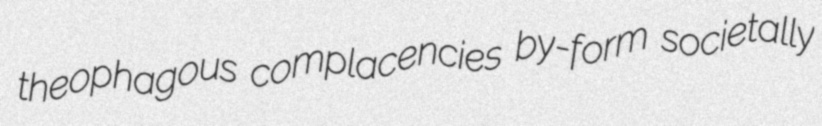
theophagous complacencies by-form societally